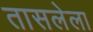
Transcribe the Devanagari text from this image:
तासलेला